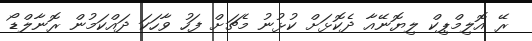
ރޭ އޮލިމްޕިކް ލިޔޮނޭއާ ދެކޮޅަށް ކުޅުނު މެޗަށް ފަހު ވާހަކަ ދައްކަމުން ރޮނާލްޑޯ